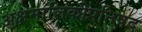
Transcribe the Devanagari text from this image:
अक्षमालिकोपनिषद